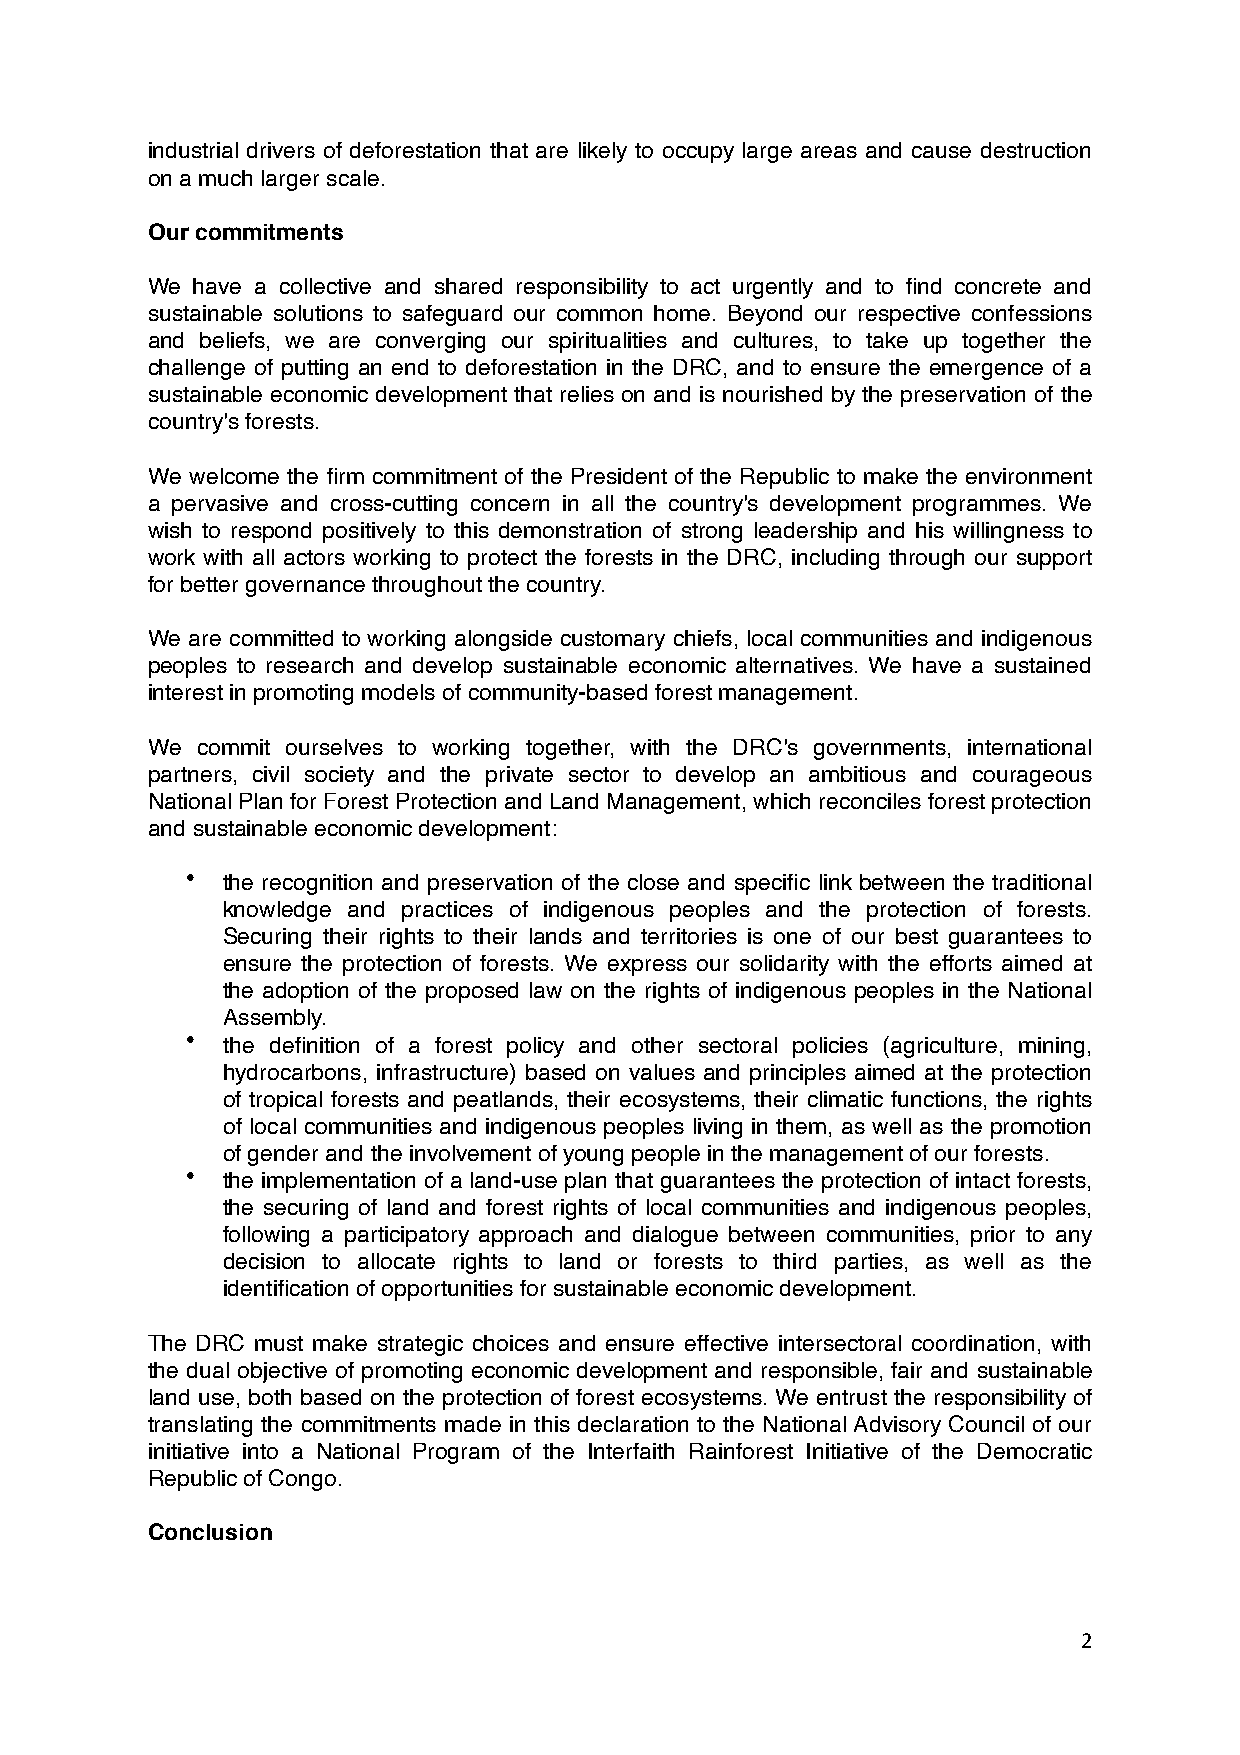
industrial drivers of deforestation that are likely to occupy large areas and cause destruction
 on a much larger scale.
 Our commitments
 We have a collective and shared responsibility to act urgently and to find concrete and
 sustainable solutions to safeguard our common home. Beyond our respective confessions
 and beliefs, we are converging our spiritualities and cultures, to take up together the
 challenge of putting an end to deforestation in the DRC, and to ensure the emergence of a
 sustainable economic development that relies on and is nourished by the preservation of the
 country's forests.
 We welcome the firm commitment of the President of the Republic to make the environment
 a pervasive and cross-cutting concern in all the country's development programmes. We
 wish to respond positively to this demonstration of strong leadership and his willingness to
 work with all actors working to protect the forests in the DRC, including through our support
 for better governance throughout the country.
 We are committed to working alongside customary chiefs, local communities and indigenous
 peoples to research and develop sustainable economic alternatives. We have a sustained
 interest in promoting models of community-based forest management.
 We commit ourselves to working together, with the DRC's governments, international
 partners, civil society and the private sector to develop an ambitious and courageous
 National Plan for Forest Protection and Land Management, which reconciles forest protection
 and sustainable economic development:
 •  the recognition and preservation of the close and specific link between the traditional
 knowledge and practices of indigenous peoples and the protection of forests.
 Securing their rights to their lands and territories is one of our best guarantees to
 ensure the protection of forests. We express our solidarity with the efforts aimed at
 the adoption of the proposed law on the rights of indigenous peoples in the National
 Assembly.
 •  the definition of a forest policy and other sectoral policies (agriculture, mining,
 hydrocarbons, infrastructure) based on values and principles aimed at the protection
 of tropical forests and peatlands, their ecosystems, their climatic functions, the rights
 of local communities and indigenous peoples living in them, as well as the promotion
 of gender and the involvement of young people in the management of our forests.
 •  the implementation of a land-use plan that guarantees the protection of intact forests,
 the securing of land and forest rights of local communities and indigenous peoples,
 following a participatory approach and dialogue between communities, prior to any
 decision to allocate rights to land or forests to third parties, as well as the
 identification of opportunities for sustainable economic development.
 The DRC must make strategic choices and ensure effective intersectoral coordination, with
 the dual objective of promoting economic development and responsible, fair and sustainable
 land use, both based on the protection of forest ecosystems. We entrust the responsibility of
 translating the commitments made in this declaration to the National Advisory Council of our
 initiative into a National Program of the Interfaith Rainforest Initiative of the Democratic
 Republic of Congo.
 Conclusion
 2